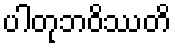
ပါတုဘဝိဿတိ